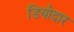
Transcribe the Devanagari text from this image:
डियोदार